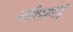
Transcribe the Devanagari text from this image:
लतीफ़ागोई